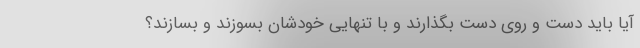
آیا باید دست و روی دست بگذارند و با تنهایی خودشان بسوزند و بسازند؟